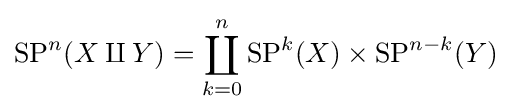
\operatorname {SP} ^{n}(X\amalg Y)=\coprod _{k=0}^{n}\operatorname {SP} ^{k}(X)\times \operatorname {SP} ^{n-k}(Y)